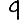
Digit: 9